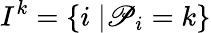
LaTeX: I^{k}=\{ i\; |\mathscr{P}_{i}=k\}